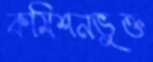
কমিশনভুক্ত